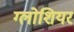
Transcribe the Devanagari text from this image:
ग्लोशियर